Vaccination in Burma 1912-1922 - 1912-1922
Year: 1912
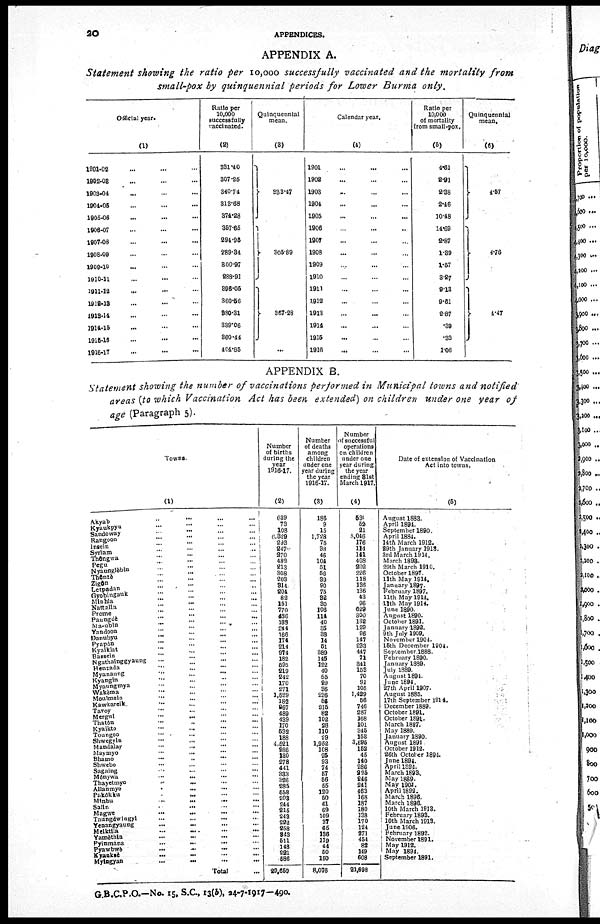
20
APPENDICES.
APPENDIX A.
Statement showing the ratio per 10,000 successfully vaccinated and the mortality from
small-pox by quinquennial periods for Lower Burma only.
Official year.
(1)
1901-02 ... ... ...
1902-03 ... ... ...
1903-04 ... ... ...
1904-05 ... ... ...
1905-06 ... ... ...
1906-07 ... ... ...
1907-08 ... ... ...
1908-09 ... ... ...
1909-10 ... ... ...
1910-11 ... ... ...
1911-12 ... ... ...
1912-13 ... ... ...
1913-14 ... ... ...
1914-15 ... ... ...
1915-16 ... ... ...
1916-17 ... ... ...
Ratio per
10,000
successfully
vaccinated.
(2)
331.40
307.26
340.74
313.68
374.28
357.65
294.95
289.34
300.97
288.91
896.05
360.56
880.31
889.06
860.44
404.85
Quinquennial
mean.
(3)
333.47
305.89
367.28
...
Calendar year.
(4)
1901 ... ... ...
1902 ... ... ...
1903 ... ... ...
1904 ... ... ...
1905 ... ... ...
1906 ... ... ...
1907 ... ... ...
1908 ... ... ...
1909 ... ... ...
1910 ... ... ...
1911 ... ... ...
1912 ... ... ...
1913 ... ... ...
1914 ... ... ...
1915 ... ... ...
1916 ... ... ...
Ratio per
10,000
of mortality
from small-pox.
(5)
4.61
2.91
2.38
2.46
10.48
14.69
2.87
1.39
1.57
3.27
9.13
9.61
2.87
.39
.33
1.06
Quinquennial
mean.
(6)
4.57
4.76
4.47
APPENDIX B.
Statement showing the number of vaccinations performed in Municipal towns and notified
areas (to which Vaccination Act has been extended) on children under one year of
age (Paragraph 5).
Towns.
(1)
Akyab
...
...
...
...
Kyaukpyu ... ... ... ...
Sandoway
...
...
...
...
Rangoon
...
...
...
...
Insein ... ... ... ...
Syriam
...
...
...
...
Thôngwa
...
...
...
...
Pegu
...
...
...
...
Nyaunglèblu
...
...
...
...
Thônzè
...
...
...
...
Zigôn
...
...
...
...
Letpadan
...
...
...
...
Gyobingauk
...
...
...
...
Minhla
...
...
...
...
Nattalla
...
...
...
...
Prome
...
...
...
...
Paungdè
...
...
...
...
Ma.ubin
...
...
...
...
Yandoon
...
...
...
...
Danubyu
... ... ... ...
Pyapôn
...
...
...
...
Kyalklat ... ... ... ...
Bassein
...
...
...
...
Ngathalnggyaung
...
...
...
...
Henzada
...
...
...
...
Myanaung ... ... ... ...
Kyangin
...
...
...
...
Myaungmya
...
...
...
...
Wakèma
...
...
...
...
Moulmein
...
...
...
...
Kawkareik
...
...
...
...
Tavoy ... ... ... ...
Mergul
...
...
...
...
Thatôn
...
...
...
...
Kyaikto
...
...
...
...
Toungoo
...
...
...
...
Shwegyln ... ... ... ...
Mandalay
...
...
...
...
Maymyo
...
...
... ...
Bhamo
...
...
...
...
Shwebo
...
...
...
...
Sagaing
...
...
...
...
Mônywa ... ... ... ...
Thayetmyo
...
...
...
...
Allanmyo
...
...
... ...
Pakôkku
...
...
...
...
Minbu
...
...
...
...
Salin
...
...
...
...
Magwe
...
...
...
...
Taungdwingyl
...
...
...
...
Yenaugyaung
...
...
...
...
Meiktila
...
...
...
...
Yamèthin
...
...
...
...
Pyinmana
...
...
...
...
Pyawbwè
...
...
...
...
Kyankaè
...
...
...
...
Myingyan
... ... ... ...
Total ...
Number
of births
during the
year
1916-17.
(2)
639
73
108
6,329
293
247
270
482
213
308
203
314
204
82
151
770
486
188
244
166
174
214
974
182
595
219
242
170
271
1,529
182
967
489
439
170
532
188
4,521
286
130
278
441
333
326
285
558
203
244
215
243
222
258
343
511
148
221
586
29,659
Number
of deaths
among
children
under one
year during
the year
1916-17.
(3)
186
9
15
1,728
75 38
46
104
51
56
39
90
75
32
30
106
114
40
35
38
14
51
389
145
122
40
55
29
36
286
56
215
82
102
28
110
29
1,952
108
25
93
74
57
56
55
120
50
61
69
109
37
65
136
119
44
50
150
8,076
Number
of successful
operations
on children
under one
year during
the year
ending 31st
March 1917.
(4)
530
52
21
5,046
176
114
141
408
202
226
118
136
136
43
96
629
300
132
129
96
147
233
447
71
341
153
70
91
105
1,429
66
746
287
168
101
345
153
3,695
152
45
140
286
225
246
241
463
168
187
180
138
170
124
271
454
82
149
608
21,698
Date of extension of Vaccination
Act into towns.
(5)
August 1883.
April 1894.
September 1890.
April 1884.
14th March 1912.
29th January 1913.
3rd March 1914.
March 1893.
29th March 1910.
October 1897.
11th May 1914.
January 1897.
February 1897.
11th May 1914.
11th May 1914.
June 1890.
August 1890.
October 1891.
January 1892.
9th July 1909.
November 1904.
15th December 1904.
September 1888.
February 1890.
January 1889.
July 1889.
August 1894.
June 1894.
27th April 1907.
August 1885.
17th September 1914.
December 1889.
October 1891.
October 1891.
March 1897.
May 1889.
January 1890.
August 1891.
October 1912.
26th October 1894.
June 1894.
April 1894.
March 1893.
May 1889.
May 1901.
April 1892.
March 1896.
March 1896.
10th March 1913.
February 1893.
10th March 1913.
June 1906.
February 1892.
November 1891.
May 1912.
May 1894.
September 1891.
G.B.C.P.O.—No. 15, S.C., 13(b), 24-7-1917—490.